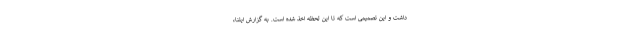
داشت و این تصمیمی است که تا این لحظه اخذ شده است. به گزارش ایلنا،